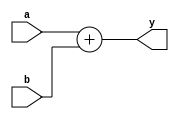
module adder(input wire [31:0] a, b,
 output reg [31:0] y);
 assign y=a+b;
endmodule